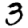
Digit: 3